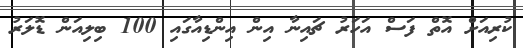
ކުރިއަށް އޮތް ފަސް އަހަރު ޗައިނާ އިން އިންޑިއާގައި 100 ބިލިއަން ޑޮލަރު